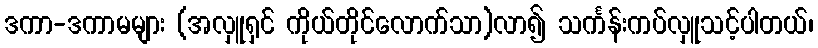
ဒကာ-ဒကာမများ (အလှူရှင် ကိုယ်တိုင်လောက်သာ)လာ၍ သင်္ကန်းကပ်လှူသင့်ပါတယ်၊